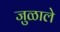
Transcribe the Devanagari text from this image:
जुळाले